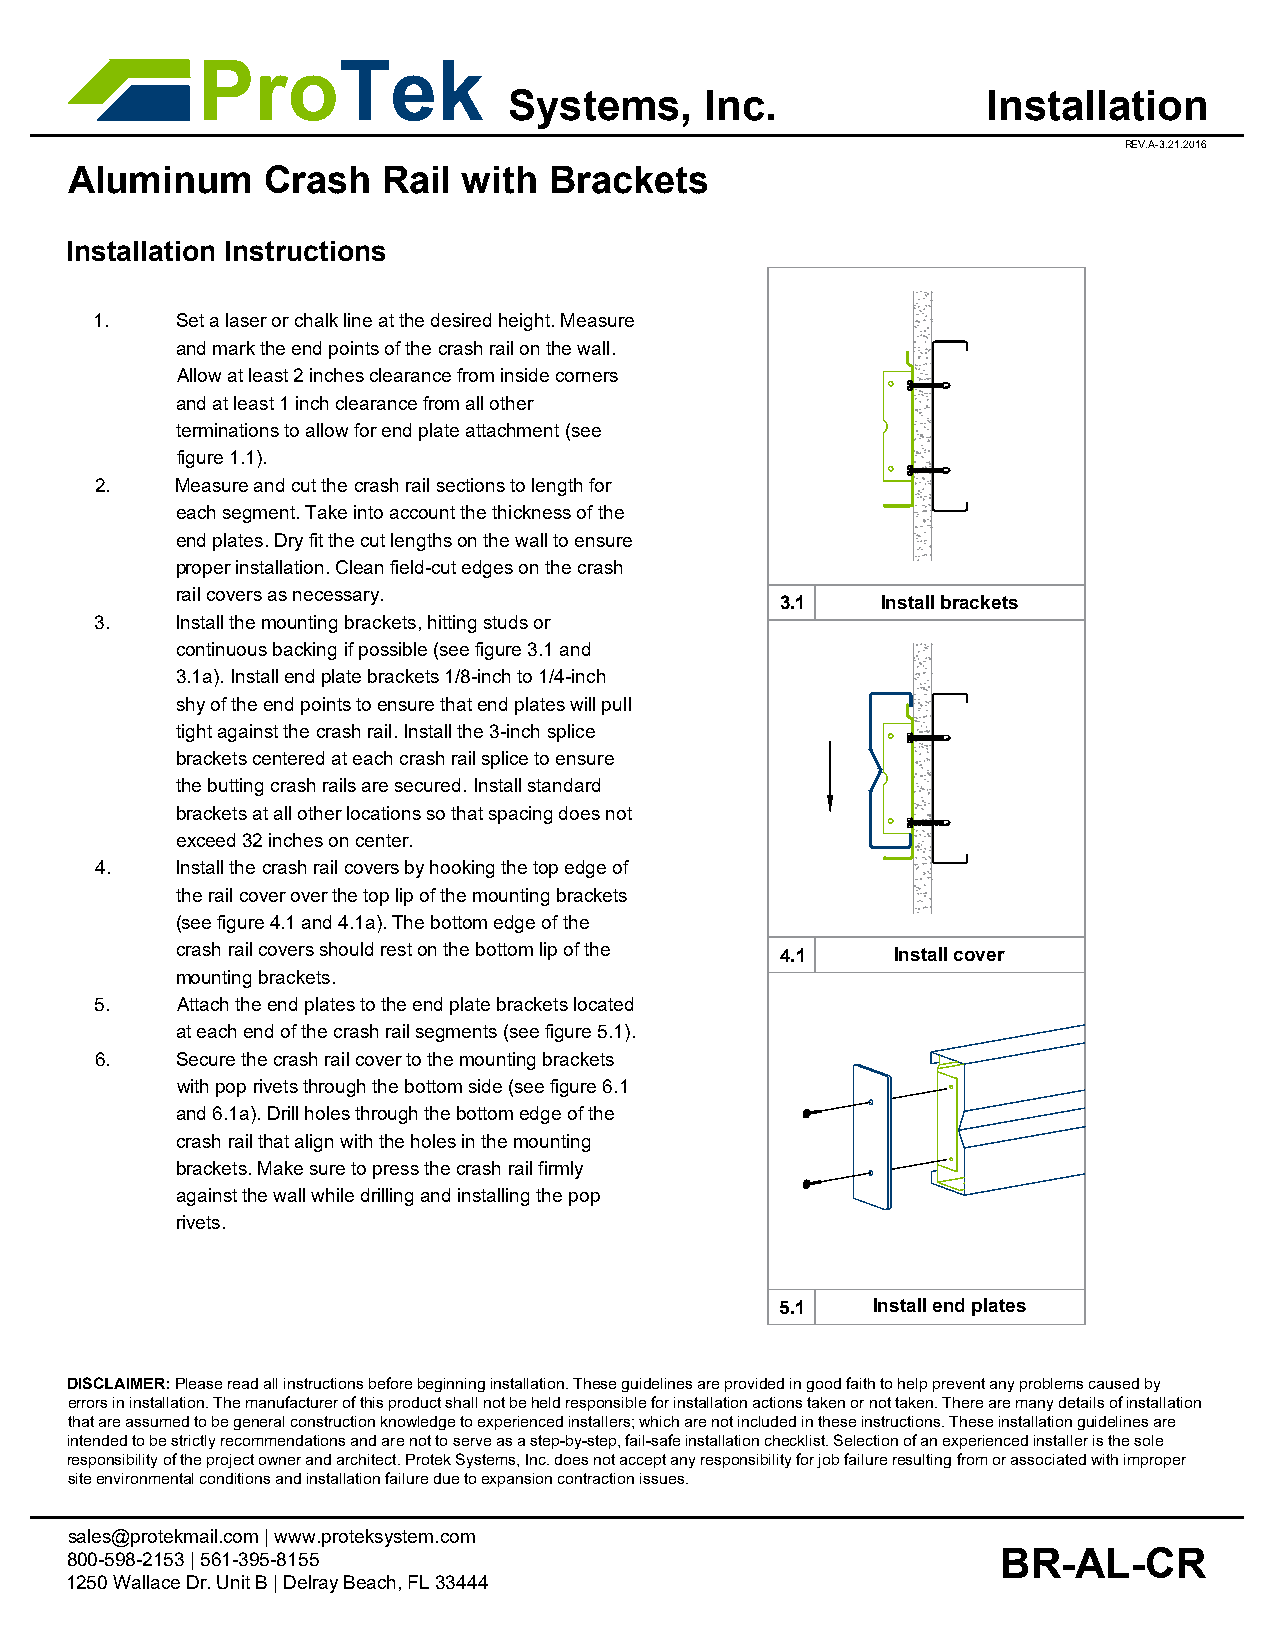
ProTek
 Systems,     Inc.              Installation
 REV.A-3.21.2016
 Aluminum    Crash   Rail  with Brackets
 Installation Instructions
 1.    Set a laser or chalk line at the desired height. Measure
 and mark the end points of the crash rail on the wall.
 Allow at least 2 inches clearance from inside corners
 and at least 1 inch clearance from all other
 terminations to allow for end plate attachment (see
 figure 1.1).
 2.    Measure and cut the crash rail sections to length for
 each segment. Take into account the thickness of the
 end plates. Dry fit the cut lengths on the wall to ensure
 proper installation. Clean field-cut edges on the crash
 rail covers as necessary.
 3.1   Install brackets
 3.    Install the mounting brackets, hitting studs or
 continuous backing if possible (see figure 3.1 and
 3.1a). Install end plate brackets 1/8-inch to 1/4-inch
 shy of the end points to ensure that end plates will pull
 tight against the crash rail. Install the 3-inch splice
 brackets centered at each crash rail splice to ensure
 the butting crash rails are secured. Install standard
 brackets at all other locations so that spacing does not
 exceed 32 inches on center.
 4.    Install the crash rail covers by hooking the top edge of
 the rail cover over the top lip of the mounting brackets
 (see figure 4.1 and 4.1a). The bottom edge of the
 crash rail covers should rest on the bottom lip of the 4.1 Install cover
 mounting brackets.
 5.    Attach the end plates to the end plate brackets located
 at each end of the crash rail segments (see figure 5.1).
 6.    Secure the crash rail cover to the mounting brackets
 with pop rivets through the bottom side (see figure 6.1
 and 6.1a). Drill holes through the bottom edge of the
 crash rail that align with the holes in the mounting
 brackets. Make sure to press the crash rail firmly
 against the wall while drilling and installing the pop
 rivets.
 5.1   Install end plates
 DISCLAIMER: Please read all instructions before beginning installation. These guidelines are provided in good faith to help prevent any problems caused by
 errors in installation. The manufacturer of this product shall not be held responsible for installation actions taken or not taken. There are many details of installation
 that are assumed to be general construction knowledge to experienced installers; which are not included in these instructions. These installation guidelines are
 intended to be strictly recommendations and are not to serve as a step-by-step, fail-safe installation checklist. Selection of an experienced installer is the sole
 responsibility of the project owner and architect. Protek Systems, Inc. does not accept any responsibility for job failure resulting from or associated with improper
 site environmental conditions and installation failure due to expansion contraction issues.
 sales@protekmail.com | www.proteksystem.com
 BR-AL-CR
 800-598-2153 | 561-395-8155
 1250 Wallace Dr. Unit B | Delray Beach, FL 33444